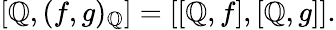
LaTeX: \left[\mathbb{Q},(f,g)_{\mathbb{Q}}\right]=[[\mathbb{Q},f],[\mathbb{Q},g]].